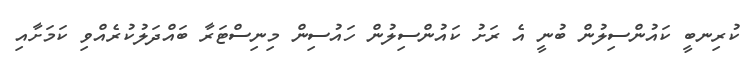
ކުރިނބީ ކައުންސިލުން ބުނީ އެ ރަށު ކައުންސިލުން ހައުސިން މިނިސްޓަރާ ބައްދަލުކުރެއްވި ކަމަށާއި